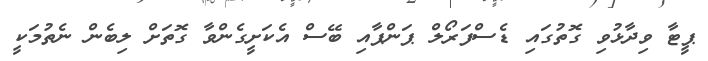
ޕީޓާ ވިދާޅުވި ގޮތުގައި ޑެސްފަރޯލް ޕަންޕާއި ބޭސް އެކަށީގެންވާ ގޮތަށް ލިބެން ނެތުމަކީ